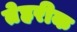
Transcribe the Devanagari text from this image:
तेहरीक